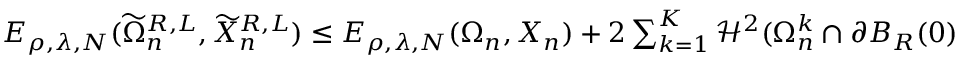
\begin{array} { r } { E _ { \rho , \lambda , N } ( \widetilde \Omega _ { n } ^ { R , L } , \widetilde X _ { n } ^ { R , L } ) \leq E _ { \rho , \lambda , N } ( \Omega _ { n } , X _ { n } ) + 2 \sum _ { k = 1 } ^ { K } \mathcal H ^ { 2 } ( \Omega _ { n } ^ { k } \cap \partial B _ { R } ( 0 ) ) + { \frac { C } { L } } , } \end{array}